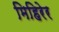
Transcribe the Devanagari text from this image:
मिहिरेर